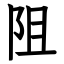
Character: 阻